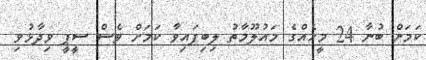
ކަމަށް ބުނާ 24 މީހެއްގެ މައުލޫމާތު ލިބިފައިވާ ކަމަށް ވެސް ސީޕީ ވިދާޅުވި